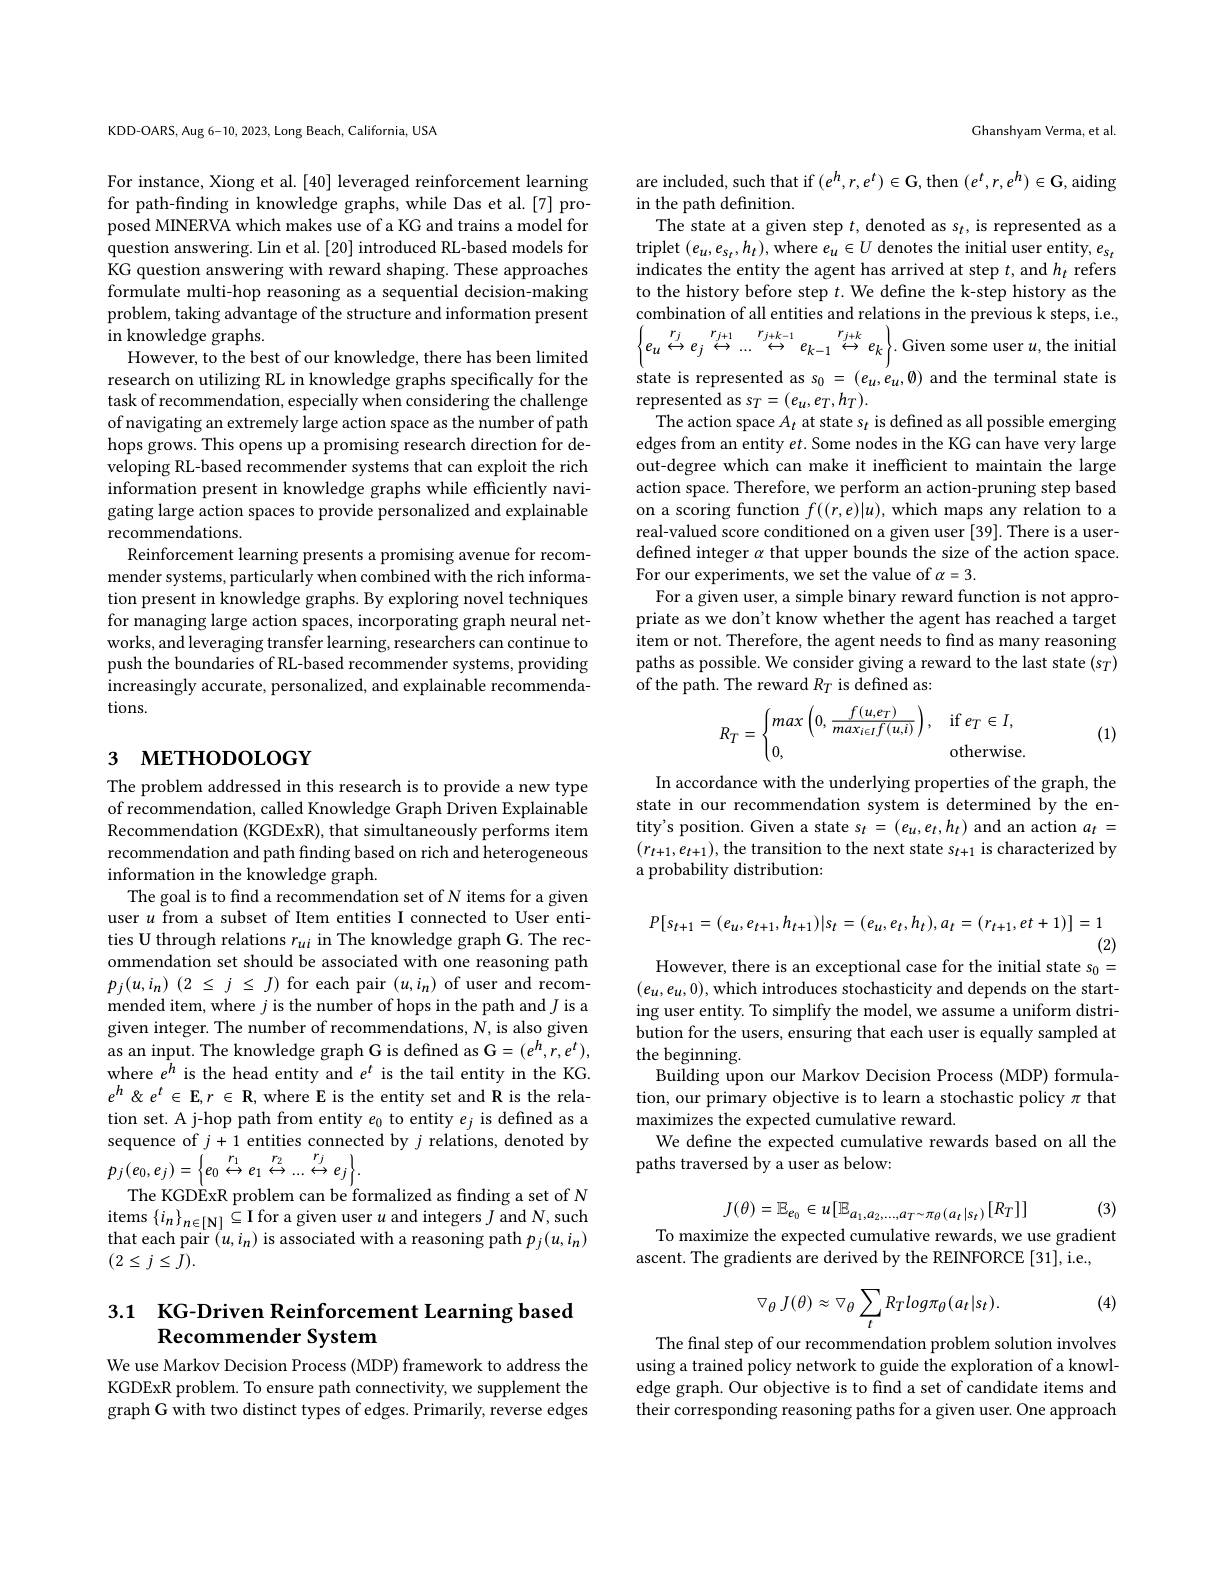
KDD-OARS, Aug 6-10, 2023, Long Beach, California, USA

For instance, Xiong et al. [40] leveraged reinforcement learning for path-finding in knowledge graphs, while Das et al.[7] proposed MINERVA which makes use of a KG and trains a model for question answering. Lin et al. [20] introduced RL-based models for KG question answering with reward shaping. These approaches formulate multi-hop reasoning as a sequential decision-making problem, taking advantage of the structure and information present in knowledge graphs.
However, to the best of our knowledge, there has been limited research on utilizing RL in knowledge graphs specifically for the task of recommendation, especially when considering the challenge of navigating an extremely large action space as the number of path hops grows. This opens up a promising research direction for developing RL-based recommender systems that can exploit the rich information present in knowledge graphs while efficiently navigating large action spaces to provide personalized and explainable recommendations.
Reinforcement learning presents a promising avenue for recommender systems, particularly when combined with the rich information present in knowledge graphs. By exploring novel techniques for managing large action spaces, incorporating graph neural networks, and leveraging transfer learning, researchers can continue to push the boundaries of RL-based recommender systems, providing increasingly accurate, personalized, and explainable recommendations.

# 3 метнорогобү

The problem addressed in this research is to provide a new type of recommendation, called Knowledge Graph Driven Explainable Recommendation (KGDExR), that simultaneously performs item recommendation and path finding based on rich and heterogeneous information in the knowledge graph.
The goal is to find a recommendation set of N items for a given user $u$ from a subset of Item entities I connected to User entities U through relations $r_{ui}$ in The knowledge graph G. The recommendation set should be associated with one reasoning path $p_{j}( u, i_{n})$ (2 $\leq$ $j$ $\leq$ $J)$ for each pair $(u,i_{n})$ of user and recommended item, where $j$ is the number of hops in the path and $J$ is a given integer. The number of recommendations, $\bar{N}$, is also given as an input. The knowledge graph G is defined as G$=(e^h,r,e^t)$, where $e^h$ is the head entity and $e^t$ is the tail entity in the KG. $e^{h}\not$ $\&$ $e^{t}\in$ $\mathbb{E} , r$ $\in$ $\mathbb{R} $, where E is the entity set and R is the relation set. A j-hop path from entity $e_0$ to entity $e_j$ is defined as a sequence of $j+1$ entities connected by $j$ relations, denoted by $p_{j}(e_{0},e_{j})=\left\{\begin{matrix}{r_{1}}&{r_{2}}&{r_{j}}\\{e_{0}}&{\leftrightarrow}&{e_{1}}&{\leftrightarrow}&{\leftrightarrow}\\\end{matrix}\right\}.$
The KGDExR problem can be'formalized as finding a set of $N$ $\begin{array}{c}{\mathrm{items~}\{i_{n}\}_{n\in[\mathbf{N}]}}&{\hat{\subseteq}\mathbf{I}\text{for a given user }u\text{ and integers }J\text{ and }N,\text{such}}\\{\mathrm{items~}\{i_{n}\}_{n\in[\mathbf{N}]}}&{\hat{\subseteq}\mathbf{I}\text{ for a given user }u\text{ and integers }J\text{ and }N,\text{such}}\\{\mathrm{items~}\{i_{n}\}_{n\in[\mathbf{N}]}}&{\hat{\subseteq}\mathbf{I}\text{ for }a\text{ given user }u\text{ and int}}\end{array}$ that each pair $(u,i_{n})$ is associated with a reasoning path $p_j(u,i_{n})$ $(2\leq j\leq J).$

### 3.1 KG-Driven Reinforcement Learning based Recommender System

We use Markov Decision Process (MDP) framework to address the KGDExR problem. To ensure path connectivity, we supplement the graph G with two distinct types of edges. Primarily, reverse edges

Ghanshyam Verma, et al.

are included, such that if $(e^h,r,e^t)\in\mathbf{G}$, then $(e^t,r,e^h)\in\mathbf{G}$, aiding
in the path definition.
The state at a given step $t$, denoted as s$_t$, is represented as a triplet $(e_u,e_{s_t},h_t)$,where $e_u\in U$ denotes the initial user entity, $e_s_t$ indicates the entity the agent has arrived at step $t$, and $h_t$ refers to the history before step $t.$ We define the k-step history as the combination of all entities and relations in the previous k steps, i.e., $\begin{Bmatrix}e_{u}\stackrel{r_{j}}{\leftrightarrow}e_{j}&\stackrel{r_{j+1}}{\leftrightarrow}&\ldots&\stackrel{r_{j+k-1}}{\leftrightarrow}&e_{k-1}&\stackrel{r_{j+k}}{\leftrightarrow}&e_{k}\end{Bmatrix}.$Given some user $u$,the initial state is represented as $s_0=(e_u,e_u,\emptyset)$ and the terminal state is represented as $s_T=(e_u,e_T,h_T).$
The action space $A_t$ at state s$_t$ is defined as all possible emerging edges from an entity et. Some nodes in the KG can have very large out-degree which can make it inefficient to maintain the large action space. Therefore, we perform an action-pruning step based on a scoring function $f((r,e)|u)$, which maps any relation to a real-valued score conditioned on a given user [39]. There is a userdefined integer $\alpha$ that upper bounds the size of the action space. For our experiments, we set the value of $\alpha=3.$
For a given user, a simple binary reward function is not appropriate as we don't know whether the agent has reached a target item or not. Therefore, the agent needs to find as many reasoning paths as possible. We consider giving a reward to the last state (s$_T)$ of the path. The reward $R_T$ is defined as:
$$R_T=\begin{cases}max\left(0,\dfrac{f(u,e_T)}{max_{i\in I}f(u,i)}\right),&\text{if}e_T\in I,\\0,&\text{otherwise}\end{cases}$$
(1)

In accordance with the underlying properties of the graph, the state in our recommendation system is determined by the entity's position. Given a state $s_t=(e_u,e_t,h_t)$ and an action $a_t=$ $(r_{t+1},e_{t+1})$, the transition to the next state $s_t+1$ is characterized by a probability distribution:
$$P[s_{t+1}=(e_u,e_{t+1},h_{t+1})|s_t=(e_u,e_t,h_t),a_t=(r_{t+1},et+1)]=1$$
(2)
However, there is an exceptional case for the initial state $s_0=$

$(e_u,e_u,0)$,which introduces stochasticity and depends on the starting user entity. To simplify the model, we assume a uniform distribution for the users, ensuring that each user is equally sampled at the beginning.
Building upon our Markov Decision Process (MDP) formulation, our primary objective is to learn a stochastic policy $\pi$ that maximizes the expected cumulative reward.
We define the expected cumulative rewards based on all the
paths traversed by a user as below:
$$J(\theta)=\mathbb{E}_{e_0}\in u[\mathbb{E}_{a_1,a_2,...,a_T\sim\pi_\theta(a_t|s_t)}[R_T]]$$
To maximize the expected cumulative rewards, we use gradient

(3)

ascent. The gradients are derived by the REINFORCE [31], i.e.,

(4)
$$\bigtriangledown_\theta\:J(\theta)\approx\bigtriangledown_\theta\sum_tR_Tlog\pi_\theta(a_t|s_t).$$
The final step of our recommendation problem solution involves using a trained policy network to guide the exploration of a knowledge graph. Our objective is to find a set of candidate items and their corresponding reasoning paths for a given user. One approach